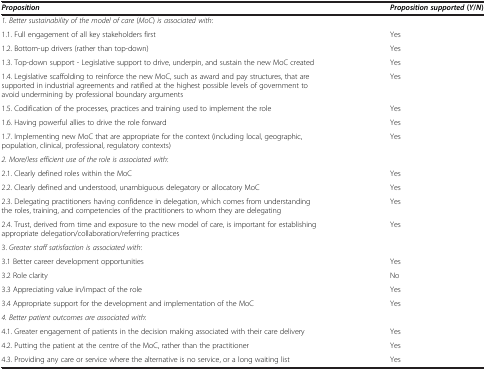
| Proposition | Proposition supported ( Y / N ) |
 | --- | --- |
 | 1. Better sustainability of the model of care (MoC) is associated with: |  |
 | 1.1. Full engagement of all key stakeholders first | Yes |
 | 1.2. Bottom-up drivers (rather than top-down) | Yes |
 | 1.3. Top-down support - Legislative support to drive, underpin, and sustain the new MoC created | Yes |
 | 1.4. Legislative scaffolding to reinforce the new MoC, such as award and pay structures, that are supported in industrial agreements and ratified at the highest possible levels of government to avoid undermining by professional boundary arguments | Yes |
 | 1.5. Codification of the processes, practices and training used to implement the role | Yes |
 | 1.6. Having powerful allies to drive the role forward | Yes |
 | 1.7. Implementing new MoC that are appropriate for the context (including local, geographic, population, clinical, professional, regulatory contexts) | Yes |
 | 2. More/less efficient use of the role is associated with: |  |
 | 2.1. Clearly defined roles within the MoC | Yes |
 | 2.2. Clearly defined and understood, unambiguous delegatory or allocatory MoC | Yes |
 | 2.3. Delegating practitioners having confidence in delegation, which comes from understanding the roles, training, and competencies of the practitioners to whom they are delegating | Yes |
 | 2.4. Trust, derived from time and exposure to the new model of care, is important for establishing appropriate delegation/collaboration/referring practices | Yes |
 | 3. Greater staff satisfaction is associated with: |  |
 | 3.1 Better career development opportunities | Yes |
 | 3.2 Role clarity | No |
 | 3.3 Appreciating value in/impact of the role | Yes |
 | 3.4 Appropriate support for the development and implementation of the MoC | Yes |
 | 4. Better patient outcomes are associated with: |  |
 | 4.1. Greater engagement of patients in the decision making associated with their care delivery | Yes |
 | 4.2. Putting the patient at the centre of the MoC, rather than the practitioner | Yes |
 | 4.3. Providing any care or service where the alternative is no service, or a long waiting list | Yes |